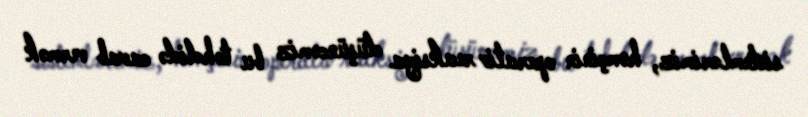
sistemlərimiz, həmçinin operativ reaksiya düşüncəmiz bu təhdidə cavab vermək